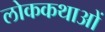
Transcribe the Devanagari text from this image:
लोककथाआें